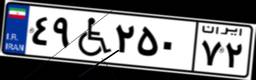
۴۹W۲۵۰۷۲